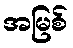
အမြစ်